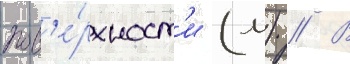
пов'е́рхност'и (м) // В